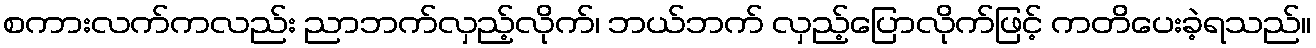
စကားလက်ကလည်း ညာဘက်လှည့်လိုက်၊ ဘယ်ဘက် လှည့်ပြောလိုက်ဖြင့် ကတိပေးခဲ့ရသည်။